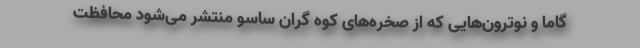
گاما و نوترون‌هایی که از صخره‌های کوه گران ساسو منتشر می‌شود محافظت